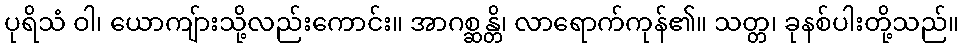
ပုရိသံ ဝါ၊ ယောကျ်ားသို့လည်းကောင်း။ အာဂစ္ဆန္တိ၊ လာရောက်ကုန်၏။ သတ္တ၊ ခုနစ်ပါးတို့သည်။